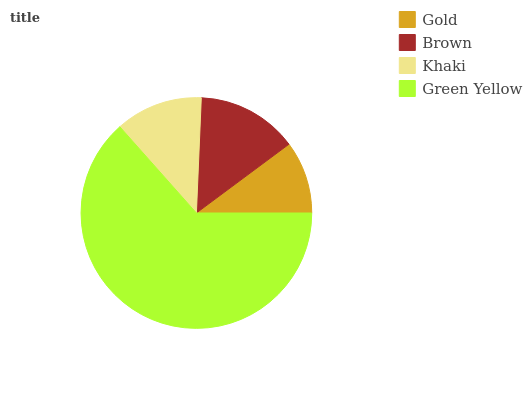
| Gold | Brown | Khaki | Green Yellow |
 | --- | --- | --- | --- |
 | 10.2% | 14.1% | 12.2% | 63.5% |